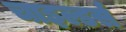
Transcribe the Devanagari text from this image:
चाइल्डर्स